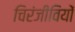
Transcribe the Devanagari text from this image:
चिरंजीवियों